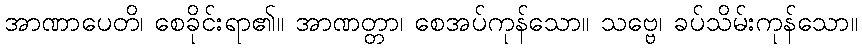
အာဏာပေတိ၊ စေခိုင်းရာ၏။ အာဏတ္တာ၊ စေအပ်ကုန်သော။ သဗ္ဗေ၊ ခပ်သိမ်းကုန်သော။